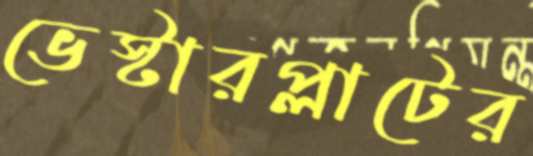
ভেস্টারপ্লাটের